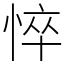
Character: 悴